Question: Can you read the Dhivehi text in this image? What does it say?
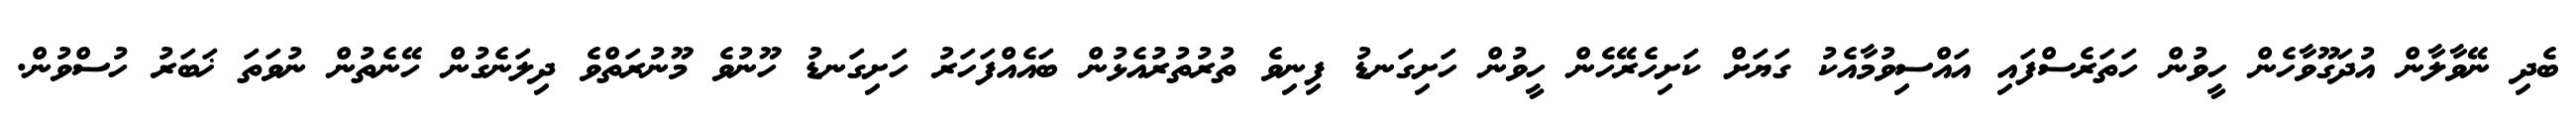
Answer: ބެދި ނޭވާލާން އުދަގޫވާހެން ހީވުން ހަތަރެސްފައި އައްސިވުމާއެކު ގަޔަށް ކަށިހެރޭހެން ހީވުން ހަށިގަނޑު ފިނިވެ ތުރުތުރުއެޅުން ބައެއްފަހަރު ހަށިގަނޑު ހޫނުވެ މޫނުރަތްވެ ދިލަނެގުން ހޭނެތުން ނުވަތަ ޚަބަރު ހުސްވުން.